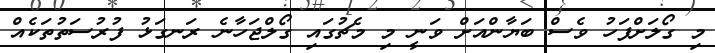
މި ގޯލަށްފަހު ވެސް ބަޔާންއަށް ވަނީ މި މެޗުގައި ގޯލްޖަހާނެ ރަނގަޅު ފުރުސަތުތަކެއް